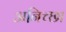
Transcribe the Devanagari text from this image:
अनि़च्छा